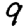
Digit: 9